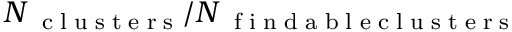
N _ { \mathrm { ~ \tiny ~ c ~ l ~ u ~ s ~ t ~ e ~ r ~ s ~ } } / N _ { \mathrm { ~ \tiny ~ f ~ i ~ n ~ d ~ a ~ b ~ l ~ e ~ c ~ l ~ u ~ s ~ t ~ e ~ r ~ s ~ } }